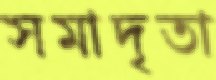
সমাদৃতা